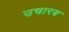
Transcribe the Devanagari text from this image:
उचारब